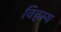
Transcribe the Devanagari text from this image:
विहस्य